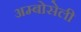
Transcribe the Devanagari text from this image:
अम्बोसेली